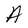
Character: A